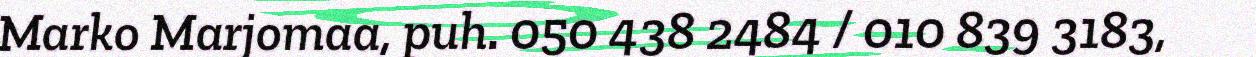
Marko Marjomaa, puh. 050 438 2484 / 010 839 3183,